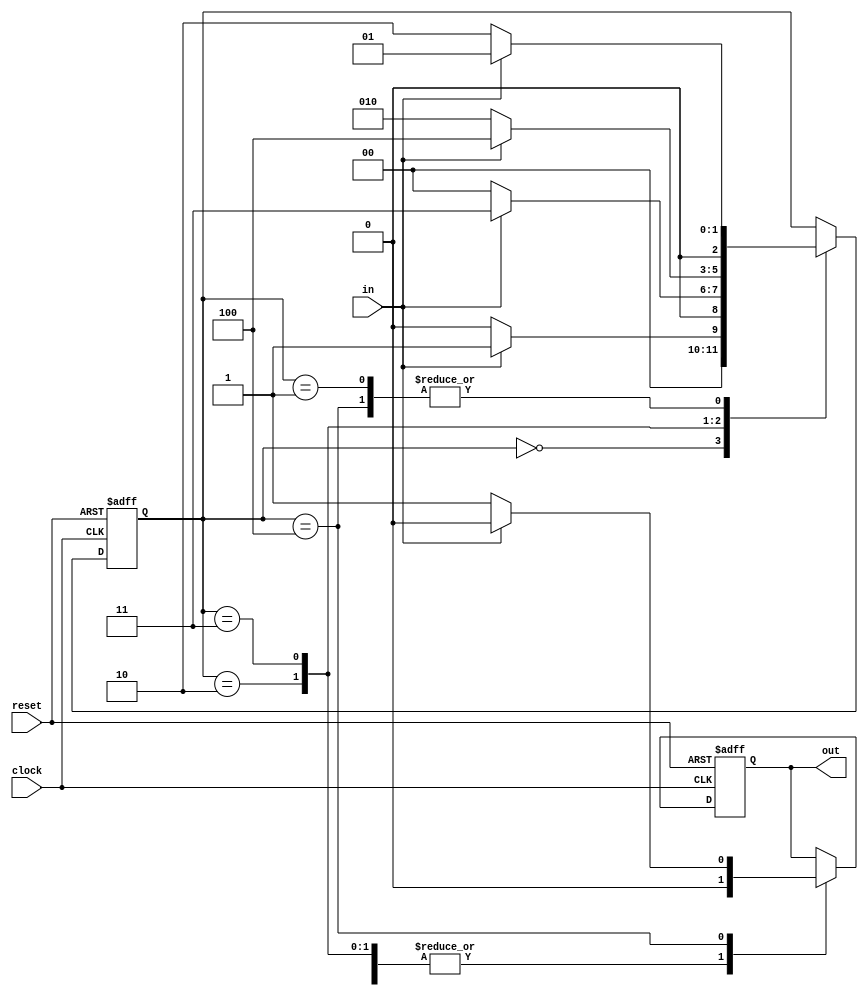
module FSM(in, reset, clock, out);
  input in, reset, clock;
  output  out;
  reg [2:0]state;
  reg out;
  initial
    begin
      state <= 3'b000;
      out <= 1'b0;
    end
  always @ (posedge clock or posedge reset)
    begin
      if(reset)
        begin
          state <= 3'b000;
          out <= 1'b0;
        end
      else
        begin
          case(state)
            3'b000:
              begin
                if(in)
                  begin
                    state <= 3'b001;
                    out <= 1'b0;
                  end
                else
                  begin
                    state <= 3'b000;
                    out <= 1'b0;
                  end
              end
            3'b001:
              begin
                if(in)
                  begin
                    state <= 3'b001;
                    out <= 1'b0;
                  end
                else
                  begin
                    state <= 3'b010;
                    out <= 1'b0;
                  end
              end
            3'b010:
              begin
                if(in)
                  begin
                    state <= 3'b011;
                    out <= 1'b0;
                  end
                else
                  begin
                    state <= 3'b000;
                    out <= 1'b0;
                  end
              end
            3'b011:
              begin
                if(in)
                  begin
                    state <= 3'b100;
                    out <= 1'b0;
                  end
                else
                  begin
                    state <= 3'b010;
                    out <= 1'b0;
                  end
              end
            3'b100:
              begin
                if(in)
                  begin
                    state <= 3'b001;
                    out <= 1'b0;
                  end
                else
                  begin
                    state <= 3'b010;
                    out <= 1'b1;
                  end
              end
          endcase
        end
    end
endmodule

module FSMTestbench;
  reg clock, reset, in;
  wire  out;
  reg [15:0]sequence;
  integer i;
  FSM mod(in, reset, clock, out);
  initial
    begin
      #0  clock = 1'b0; reset = 1'b1; sequence = 16'b0101101101110010;
      #5  reset = 1'b0;
      for(i=0; i<=15; i=i+1)
        begin
          in = sequence[i];
          #2  clock = 1'b1;
          #2  clock = 1'b0;
          $display("State = ", mod.state, ": Input = ", in, ", Output = ", out);
        end
    end
endmodule